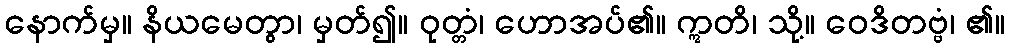
နောက်မှ။ နိယမေတွာ၊ မှတ်၍။ ဝုတ္တံ၊ ဟောအပ်၏။ ဣတိ၊ သို့။ ဝေဒိတဗ္ဗံ၊ ၏။